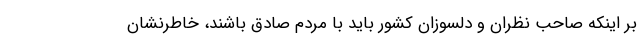
بر اینکه صاحب نظران و دلسوزان کشور باید با مردم صادق باشند، خاطرنشان